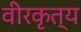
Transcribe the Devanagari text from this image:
वीरकृत्य